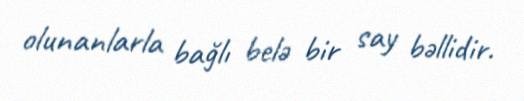
olunanlarla bağlı belə bir say bəllidir.